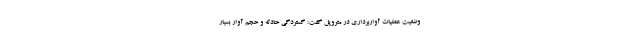
وضعیت عملیات آواربرداری در متروپل گفت: گستردگی حادثه و حجم آوار بسیار